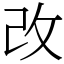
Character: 改